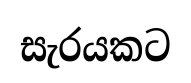
සැරයකට